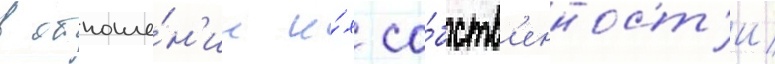
в отноше́н'ии и́х со́бств'енност'и